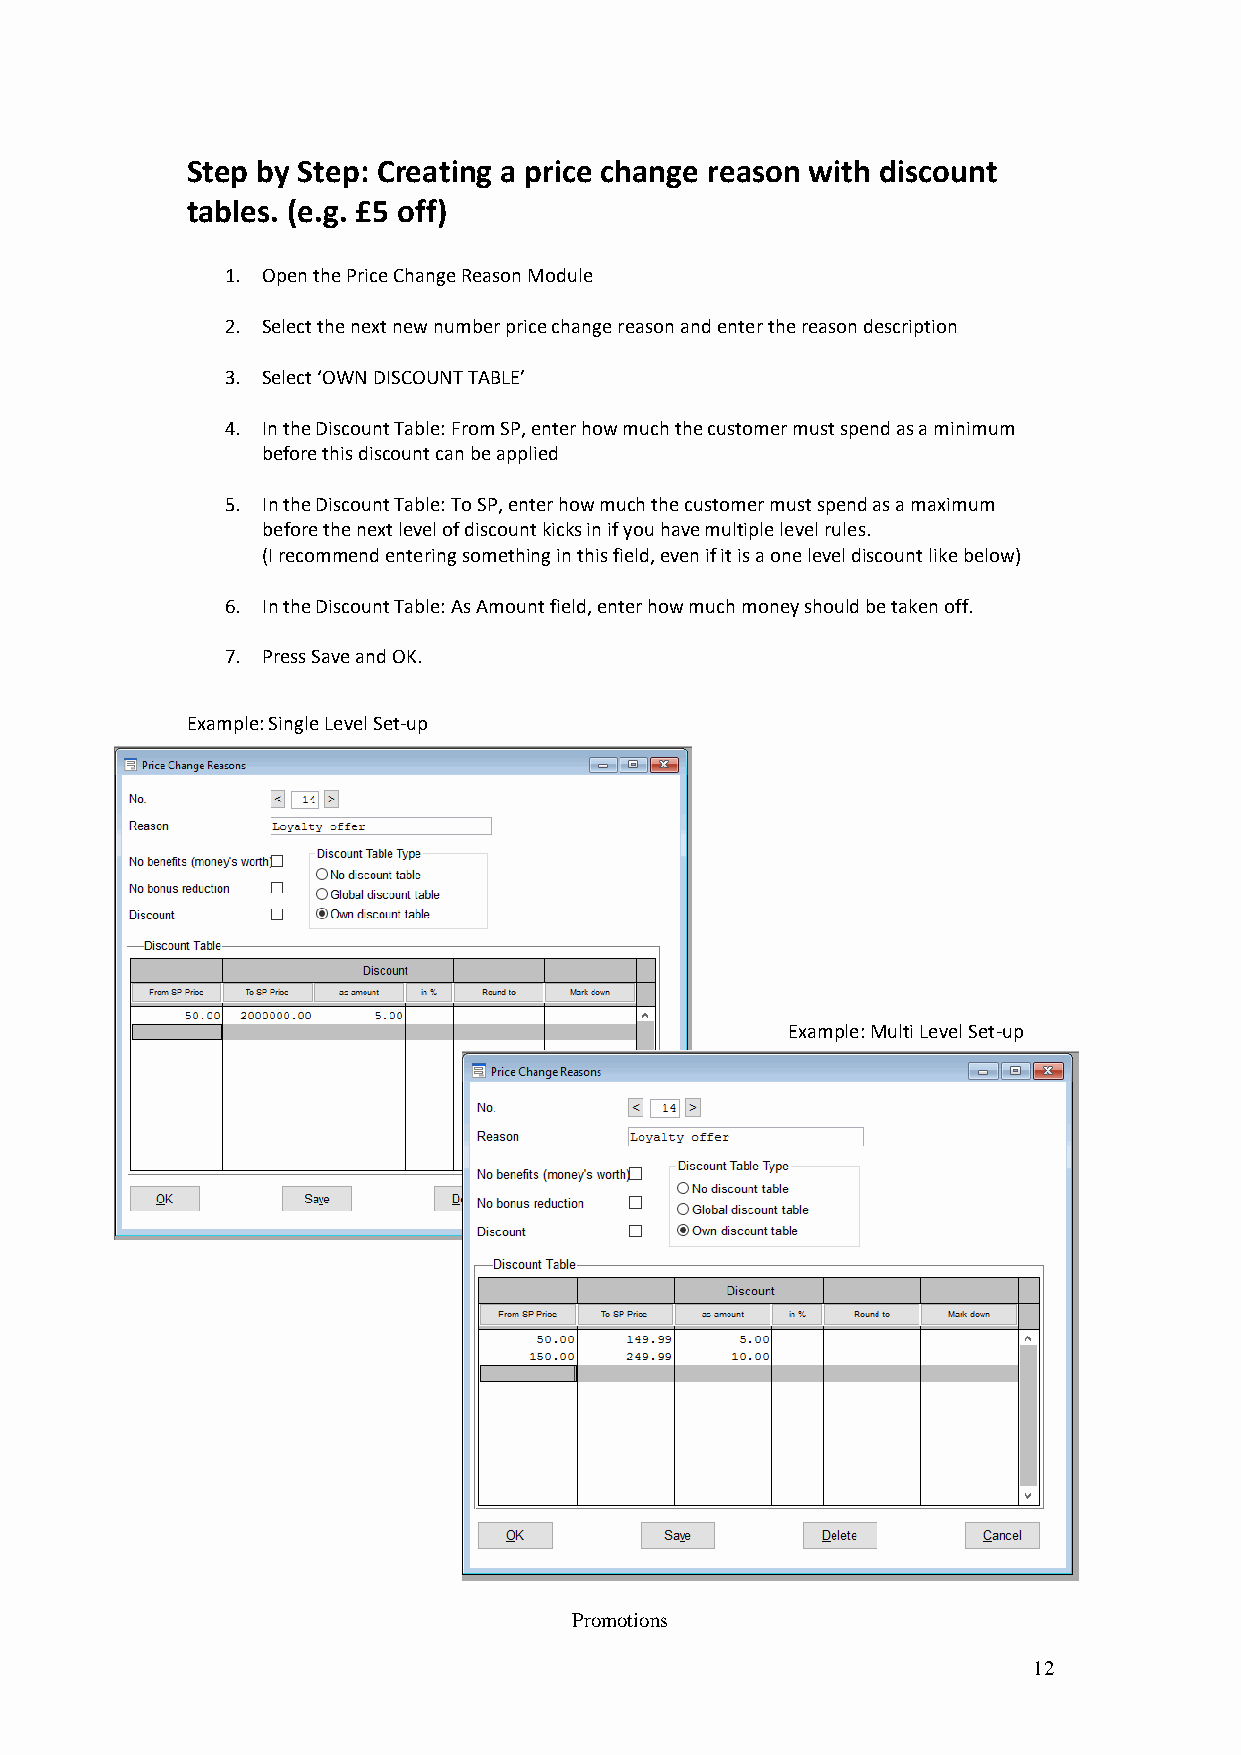
Step by Step: Creating a price change reason with discount
 tables. (e.g. £5 off)
 1. Open the Price Change Reason Module
 2. Select the next new number price change reason and enter the reason description
 3. Select ‘OWN DISCOUNT TABLE’
 4. In the Discount Table: From SP, enter how much the customer must spend as a minimum
 before this discount can be applied
 5. In the Discount Table: To SP, enter how much the customer must spend as a maximum
 before the next level of discount kicks in if you have multiple level rules.
 (I recommend entering something in this field, even if it is a one level discount like below)
 6. In the Discount Table: As Amount field, enter how much money should be taken off.
 7. Press Save and OK.
 Example: Single Level Set-up
 Example: Multi Level Set-up
 Promotions
 12